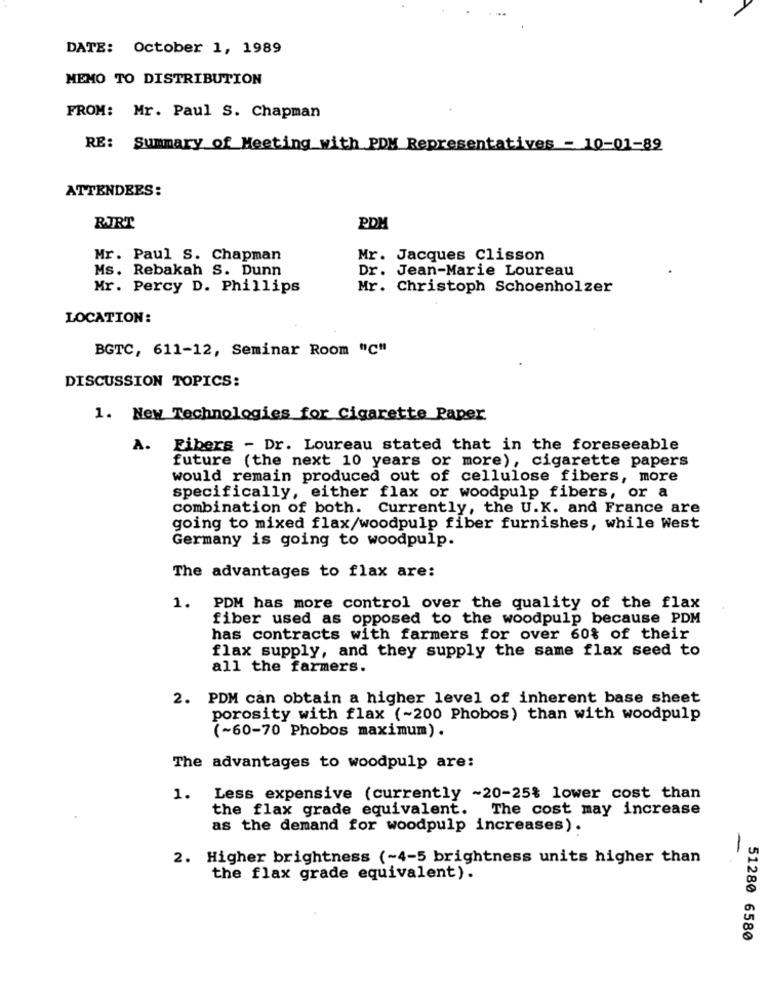
DATE: October 1, 1989
MEMO TO DISTRIBUTION
FROM: Mr. Paul S. Chapman
RE: Summary of Meeting with PDM Representatives - 10-01-89
ATTENDEES:
BURT
PDM
Mr. Paul S. Chapman
Mr. Jacques Clisson
Ms. Rebakah S. Dunn
Dr. Jean-Marie Loureau
Mr. Percy D. Phillips
Mr. Christoph Schoenholzer
LOCATION:
BGTC, 611-12, Seminar Room "C"
DISCUSSION TOPICS:
1. New Technologies for Cigarette Paper
A. Fibers - Dr. Loureau stated that in the foreseeable
future (the next 10 years or more), cigarette papers
would remain produced out of cellulose fibers, more
specifically, either flax or woodpulp fibers, or a
combination of both. Currently, the U.K. and France are
going to mixed flax/woodpulp fiber furnishes, while West
Germany is going to woodpulp.
The advantages to flax are:
1.
PDM has more control over the quality of the flax
fiber used as opposed to the woodpulp because PDM
has contracts with farmers for over 60% of their
flax supply, and they supply the same flax seed to
all the farmers.
2. PDM can obtain a higher level of inherent base sheet
porosity with flax (~200 Phobos) than with woodpulp
(~60-70 Phobos maximum).
The advantages to woodpulp are:
1. Less expensive (currently ~20-25% lower cost than
the flax grade equivalent. The cost may increase
as the demand for woodpulp increases).
2. Higher brightness (-4-5 brightness units higher than
-
the flax grade equivalent).
51280 6580